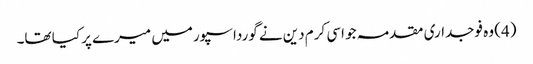
(4) وہ فوجداری مقدمہ جو اسی کرم دین نے گورداسپورمیں میرے پر کیا تھا۔